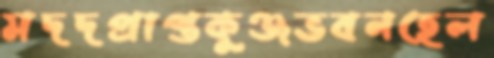
মদদপ্রাপ্তকুঞ্জভবনহেল